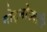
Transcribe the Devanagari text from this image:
मोट्मोठ्यानि